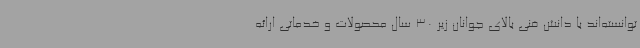
توانسته‌اند با دانش فنی بالای جوانان زیر 30 سال محصولات و خدماتی ارائه